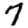
Digit: 7